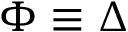
\Phi \equiv \Delta